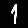
Digit: 1